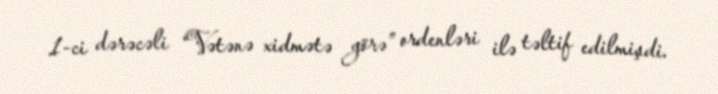
1-ci dərəcəli “Vətənə xidmətə görə” ordenləri ilə təltif edilmişdi.